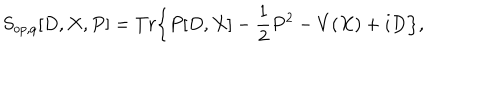
S _ { o p , q } [ D , X , P ] = T r \Big \{ P [ D , X ] - \frac { 1 } { 2 } P ^ { 2 } - V ( X ) + i D \Big \} ,